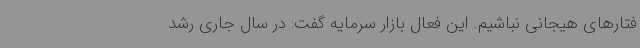
فتارهای هیجانی نباشیم. این فعال بازار سرمایه گفت: در سال جاری رشد